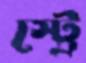
স্ট্রে